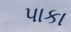
પાકા